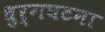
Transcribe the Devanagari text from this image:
धुर्गघटना